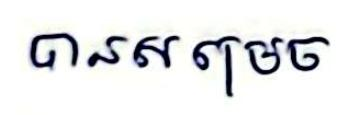
បានសម្រេច